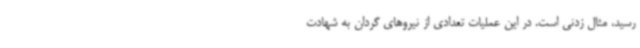
رسید، مثال زدنی است. در این عملیات تعدادی از نیروهای گردان به شهادت